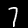
Digit: 7